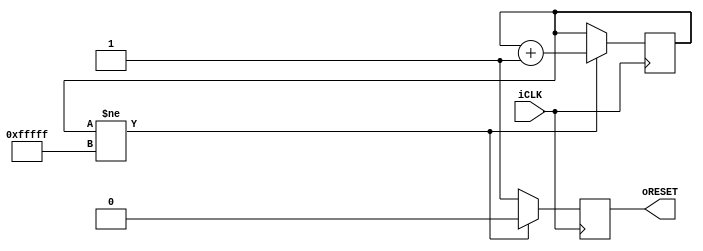
`timescale 1ns / 1ps
module    Reset_Delay(iCLK,oRESET);
input        iCLK;
output reg    oRESET;
reg    [19:0]    Cont;

always@(posedge iCLK)
begin
    if(Cont!=20'hFFFFF)   //21ms
    begin
        Cont    <=    Cont+1;
        oRESET    <=    1'b0;
    end
    else
    oRESET    <=    1'b1;
end

endmodule